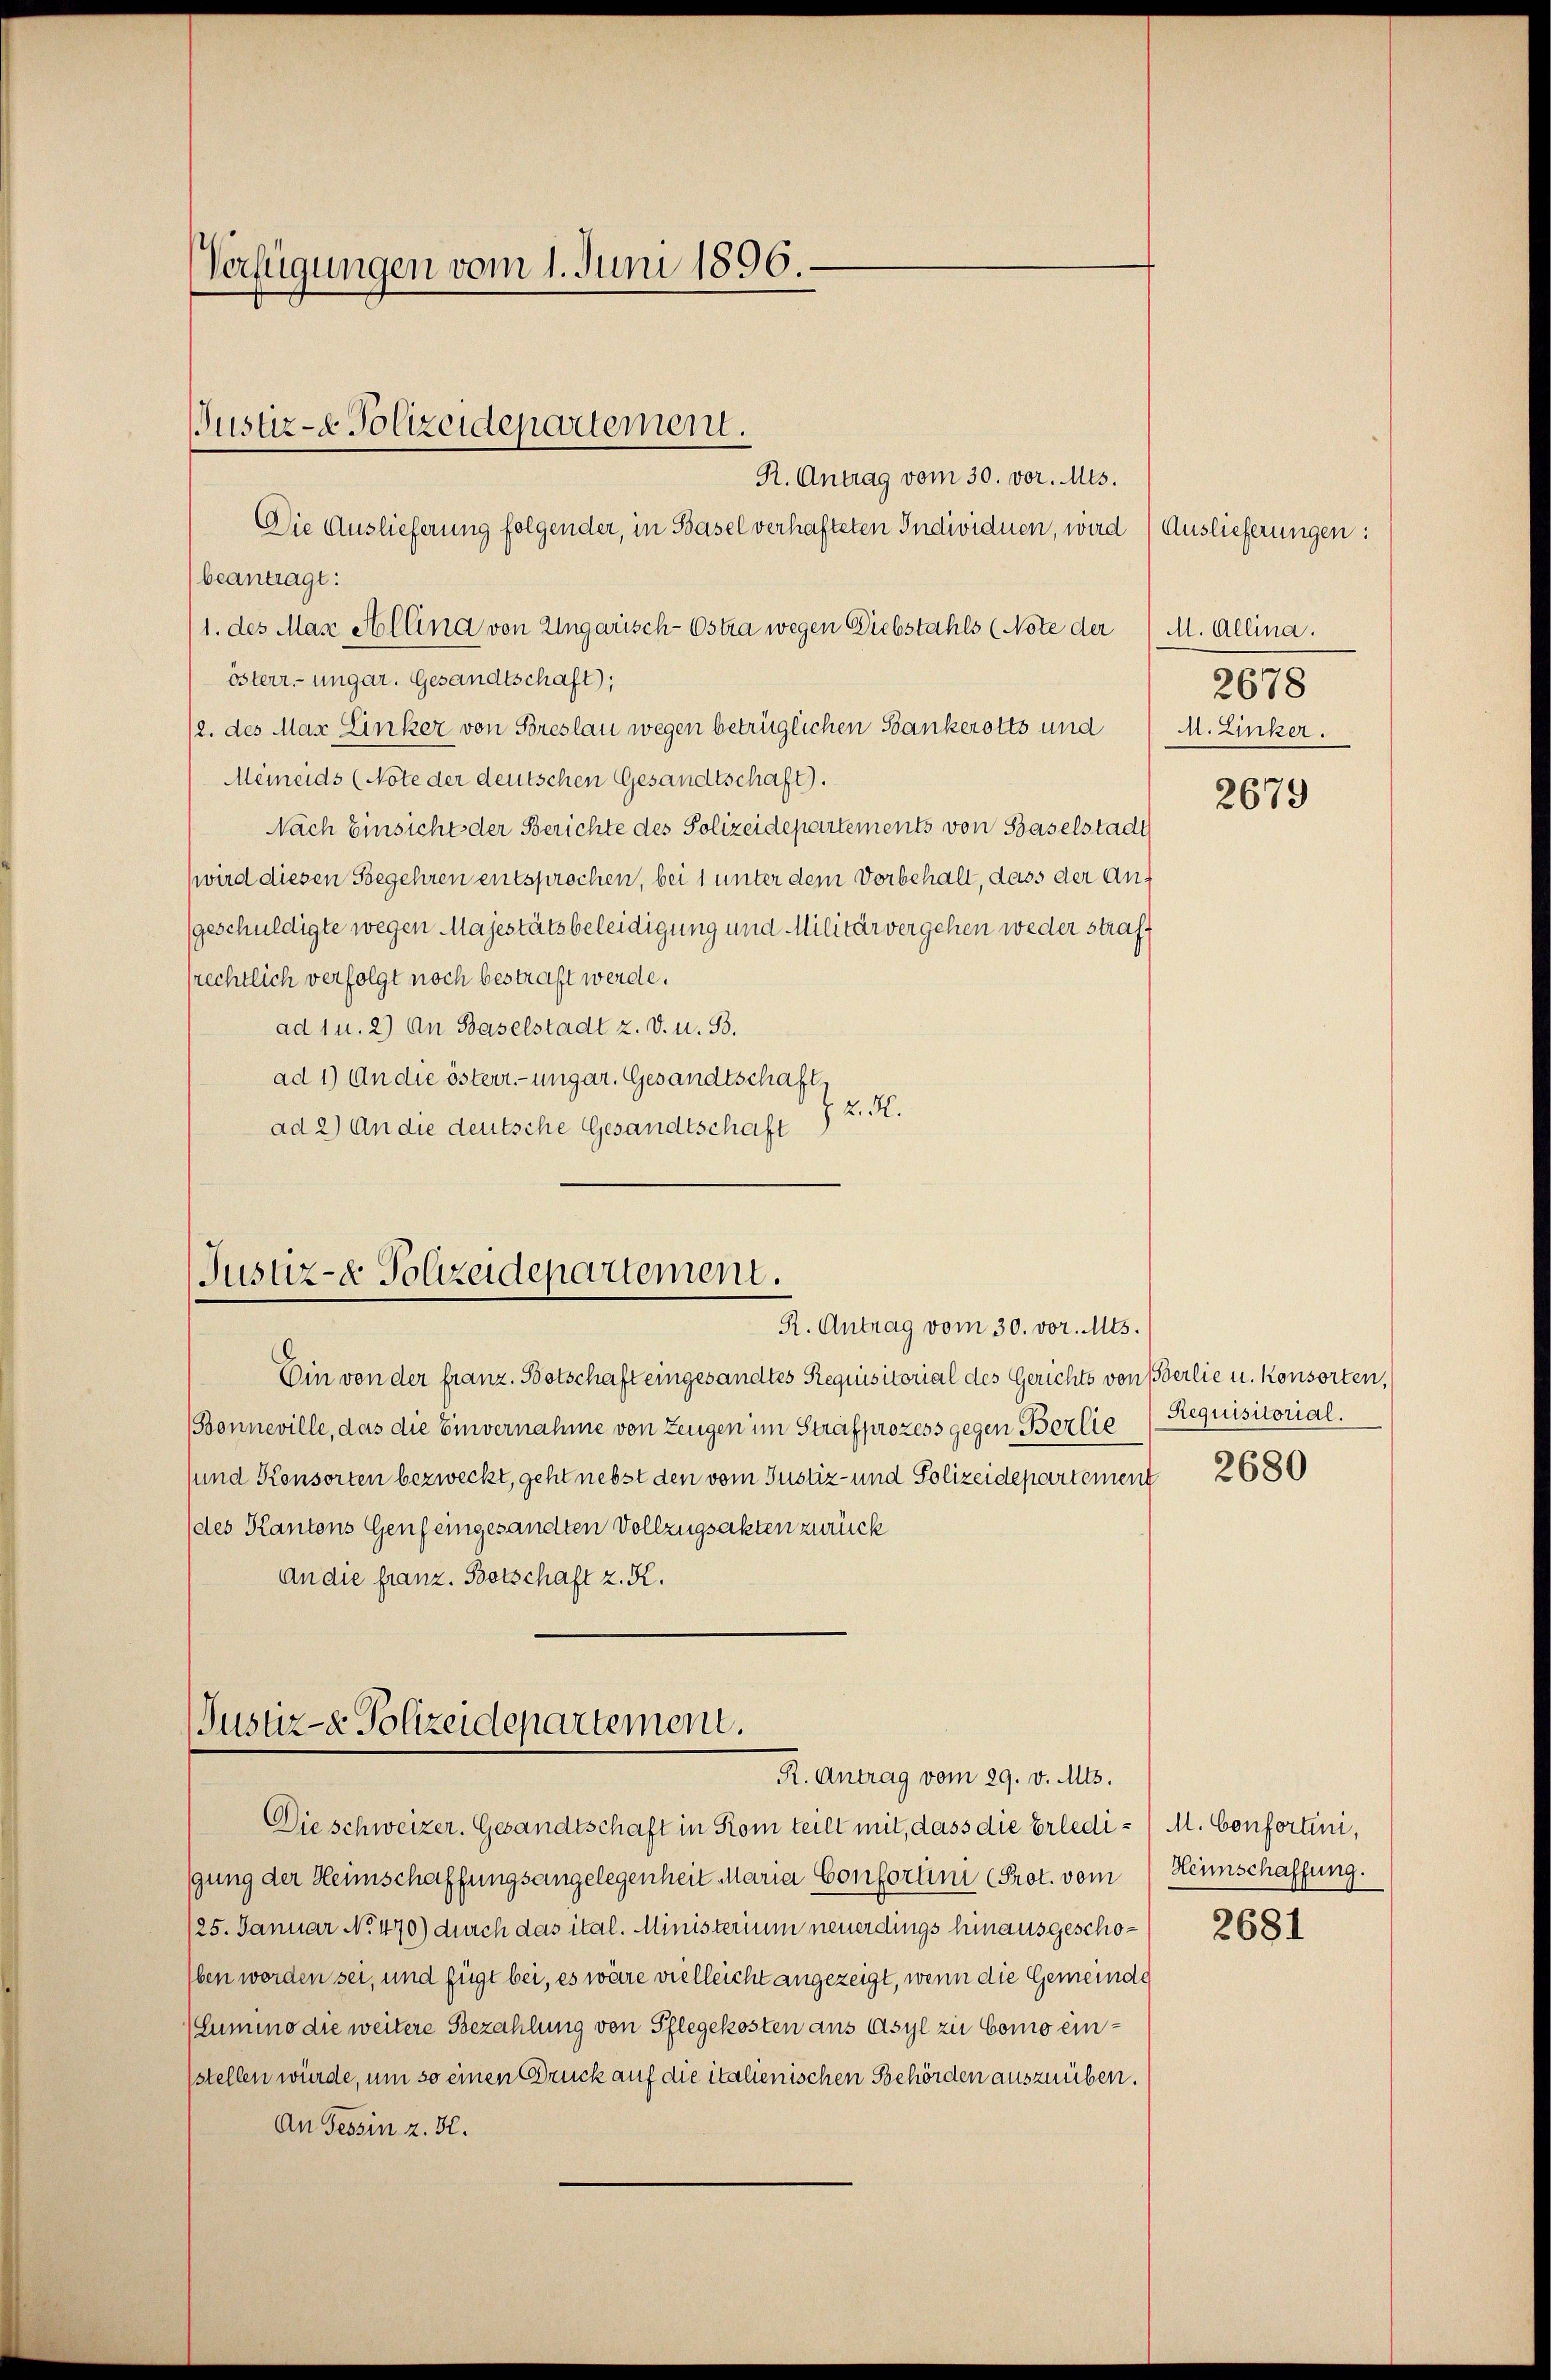
Verfügungen vom 1. Juni 1896.

R. Antrag vom 30. vor. Mts.
Die Auslieferung folgender, in Basel verhafteten Individuen, wird) Auslieferungen:
beantragt:
1. des Marz Alling von Ungarisch-Ostra wegen Diebstahls (Note der (M. Allina.
österr.-ungar. Gesandtschaft;
2. des Max Linker von Breslau wegen betrüglichen Bankerotts und M. Linker.
Meineids (Note der deutschen Gesandtschaft.
Nach Einsicht der Berichte des Polizeidepartements von Baselstadt
wird diesen Begehren entsprochen, bei 1 unter dem Vorbehalt, dass der Auf
geschuldigte wegen Majestätsbeleidigung und Militärvergehen weder strafprechtlich verfolgt noch bestraft werde.
ad 1 u. 2) An Baselstadt z. v. u. B.
ad 1) An die österr.-ungar. Gesandtschaft
 K. K.
ad 2) An die deutsche Gesandtschaft

Justiz- & Polizeidepartement.

Justiz- & Polizeidepartement.
R. Antrag vom 30. vor. Mts.

Jusur- Polizeidepartement.
R. Antrag vom 29. v. Mts.

Ein von der franz. Botschaft eingesandtes Requisitorial des Gerichts von Berlie u. Konsorten,
(Bonneville, das die Einvernahme von Zeugen im Strafprozess gegen Berlie (Requisitorial.
sund Konsorten bezweckt, geht nebst den vom Justiz- und Polizeidepartement
(des Kantons Genf eingesandten Vollzugsakten zurück
An die franz. Botschaft z. K.

2678

Die schweizer. Gesandtschaft in Rom teilt mit, dass die Erledi- / M. Confortini,
gung der Heimschaffungsangelegenheit Maria Confortini Prot. vom Heinschaffung.
/25. Januar No. 470) durch das ital. Ministerium neuerdings hinausgescho¬
Eben worden sei, und fügt bei, es wäre vielleicht angezeigt, wenn die Gemeinde
(Lumino die weitere Bezahlung von Pflegekosten aus Asyl zu Como einstellen würde, um so einen Druck auf die italienischen Behörden auszuüben.
An Tessin z. H.

2679

2680

2681